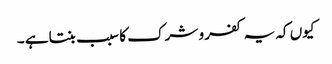
کیوں کہ یہ کفر و شرک کا سبب بنتاہے ۔